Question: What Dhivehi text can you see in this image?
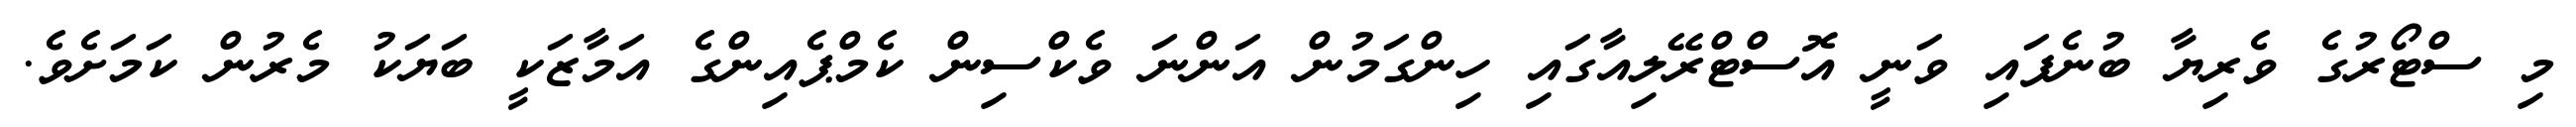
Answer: މި ސްޓޯރުގެ ވެރިޔާ ބުނެފައި ވަނީ އޮސްޓްރޭލިއާގައި ހިންގަމުން އަންނަ ވެކްސިން ކެމްޕެއިންގެ އަމާޒަކީ ބަޔަކު މެރުން ކަމަށެވެ.